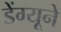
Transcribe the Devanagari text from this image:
डेंग्यूने